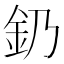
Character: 釢